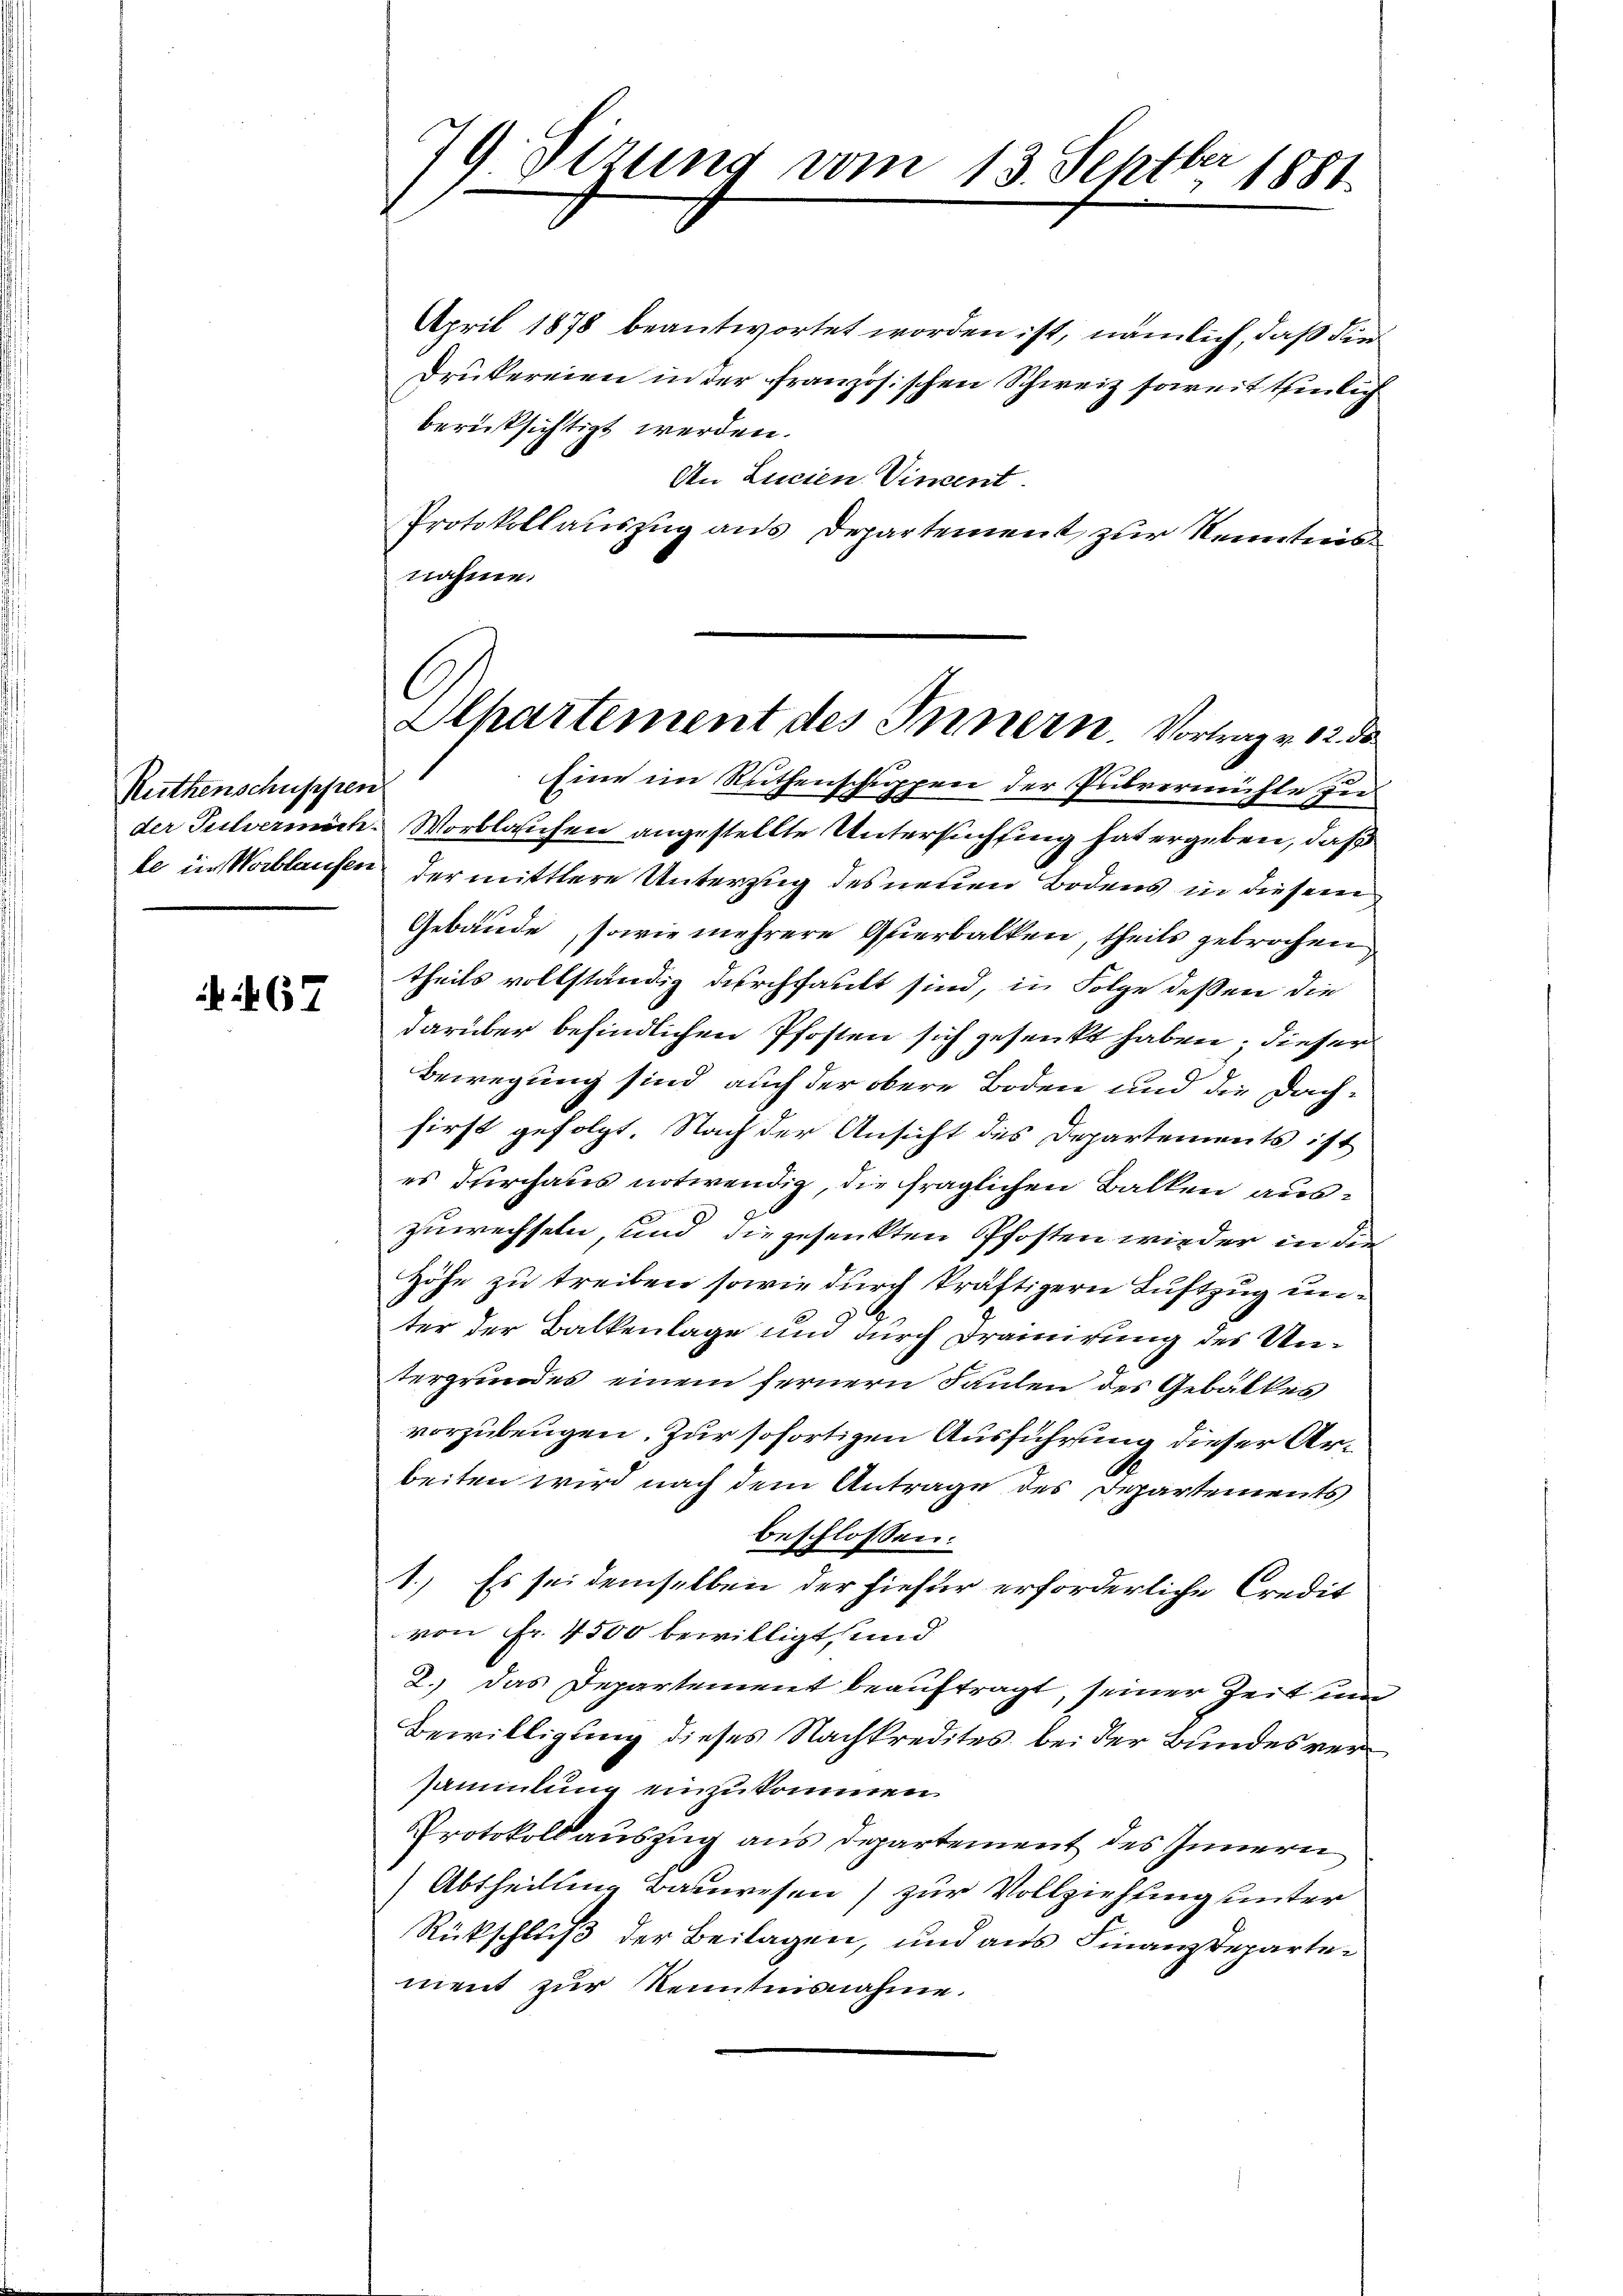
Ruthenschuppen

67

e
4 Sizung vom 13. Septbr. 1881

April 1878 beantwortet worden ist, nämlich, daß die
Drukereien in der französischen Schweiz soweit Einlich
berücksichtigt werden.
An Lucien Vincent.
Protokollauszug aus Departement zur Kenntnisnahme.
Eine im Ruthenschuppen der Pubrermühle zu
der Pulvermich. Worblaschen angestellte Untersuchfing hat ergeben, daß
le in Wortlaufen der mittlere Unterzug des neuen Bodens in diesem
Gebäude, sowie mehrere Querbalken, theils gebrochen
theils vollständig durchfault sind, in Folge dessen die
darüber befindlichen Pfosten sich gesenkt haben; dieser
Bewegung sind, auch der obere Boden und die Dach-
first gefolgt. Nach der Ansicht des Departements ist
es durchaus notwendig, die fraglichen Balken auszuwechseln, und die gesenkten Pfosten wieder in der
Höhe zu treiben sowie durch kräftigern Luftzug unter der Balkenlage und durch Drainirung des Untergrundes einem fernern Saulen des Gebälkes
vorzubeugen. Zur sofortigen Ausführung dieser Arbeiten wird nach dem Antrage des Departements
beschlossen:
1.) Es sei demselben der hiefür erforderliche Credit
von Fr. 4500 bewilligt, und
2.) Das Departement beauftragt, seiner Zeit und
Bewilligung dieses Nachkredites bei der Bundesversammlung einzukommen.
Protokoll auszug aus Departement des Innern
Abtheilung Bauwesen) zur Vollziehung unter
Rückschluß der Beilagen, und aus Finanzdepartement zur Kenntnisnahme.

Alpartement des Innern. Vortrag v. 12. de